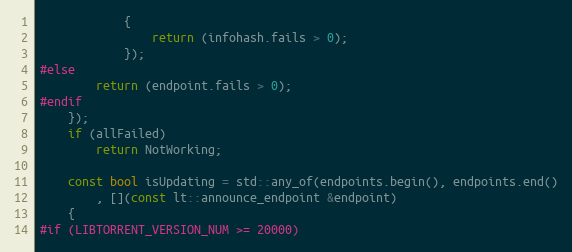
Language: C++
            {
                return (infohash.fails > 0);
            });
#else
        return (endpoint.fails > 0);
#endif
    });
    if (allFailed)
        return NotWorking;

    const bool isUpdating = std::any_of(endpoints.begin(), endpoints.end()
        , [](const lt::announce_endpoint &endpoint)
    {
#if (LIBTORRENT_VERSION_NUM >= 20000)